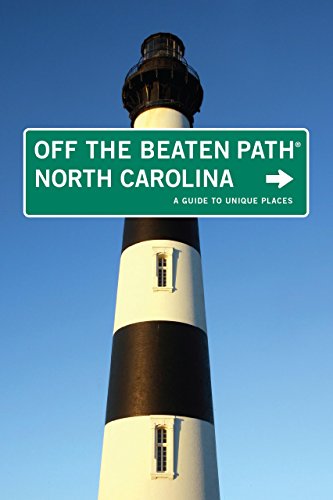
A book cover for North Carolina Off the Beaten Path, 9th: A Guide to Unique Places (Off the Beaten Path Series); Sara Pitzer; Travel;